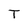
Character: T